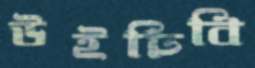
উইঢিবি